Burma Government Medical School reports 1923-41
Year: 1923
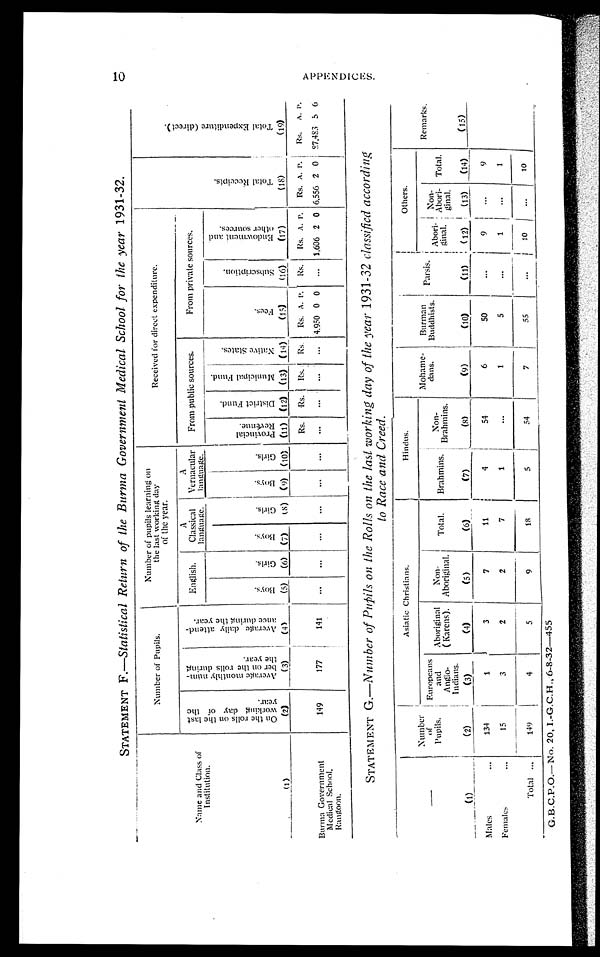
STATEMENT F.—Statistical Return of the Burma Government Medical School for the year 1931-32.
N a m e a n d C l a s s o f
Institutation.
Number of Pupils.
Number of pupils learning on
the l ast worki ng day
of the year.
Received for direct expenditure.
T o t a l R e c e i p t s .
(18)
T o t a l E x p e n d i t u r e ( d i r e c t ) . ( 1 9 )
O n t h e r o l l s o n t h e l a s t
w o r k i n g d a y o f t h e y e a r .
(2)
A v e r a g e m o n t h l y n u m b e r o n t h e r o l l s d u 5 r i n g t h e y e a r .
(3)
A v e r a g e d a i l y a t t e n d a n c e d u r i n g t h e y e a r . ( 4 )
(41
English.
A
Classical
language.
A
Vernacular
language.
From public sources.
From private sources.
B o y s .
(5)
G i r l s
(6)
B o y s .
(7)
G i r l s . ( 8 ) B o y s .
(9)
G i r l s .
(10)
P r o v i n c i a l R e v e n u e .
(11)
d i s t r i c t F u n d .
(12)
M u n i c i p a l F u n d .
(13)
N a t i v e s t a t e s .
(14)
F e e s .
(15)
S u b s c r i p t i o n .
(16)
—
E n d o w m e n t a n d o t h e r s o u r c e s .
(17)
Rs. I Rs. Rs.. Rs. Rs. A. P. Rs.
Rs. A. P. Rs. A. P. 1 Rs. A. P.
Burma Government
Medical School,
Rangoon.
149
177
141
...
...
...
...
...
...
...
...
...
... 4.950 0 0 ... 1,606 2 0 6,556 2 0 27,483 5 6
STATEMENT G.—Number of Pupils on the Rolls on the last working day of the year 1931-32 classified according
to Race and Creed.
(1)
Number
of
Pupils.
(2)
Asiatic Christians.
Hindus.
Mohame-
dans.
(9)
Burman
Buddhists.
(10)
Parsis.
(11)
Others.
Remarks.
( 1 5 )
Europeans
and
Anglo-
Indians.
(3)
Aboriginal
( Karens).
(4)
Non-
Aboriginal.
(5)
Total.
(6)
Brahmins.
(7)
Non-
Brahmins.
(8)
Abori-
ginal.
(12)
Non-
Abori-
; ginal
(13)
Total.
(10)
Males
...
134
1
3
I
7
11
4
54
6
50
...
9
...
9
Females . . .
15
3
2
2
7
1
. . .
1
5
...
1
. . .
1
Total ...
149
4
5
'
9
18
5
54
7
5 5
. . . 10
...
10
G.B.C.P.O.—No. 20, I.-G.C.H., 6-8-32-455
A P A P P E N D I C E S